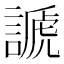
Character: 謕